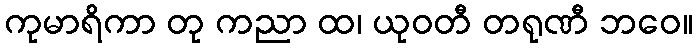
ကုမာရိကာ တု ကညာ ထ၊ ယုဝတီ တရုဏီ ဘဝေ။